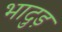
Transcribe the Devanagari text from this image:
भादुड़